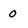
Character: 0